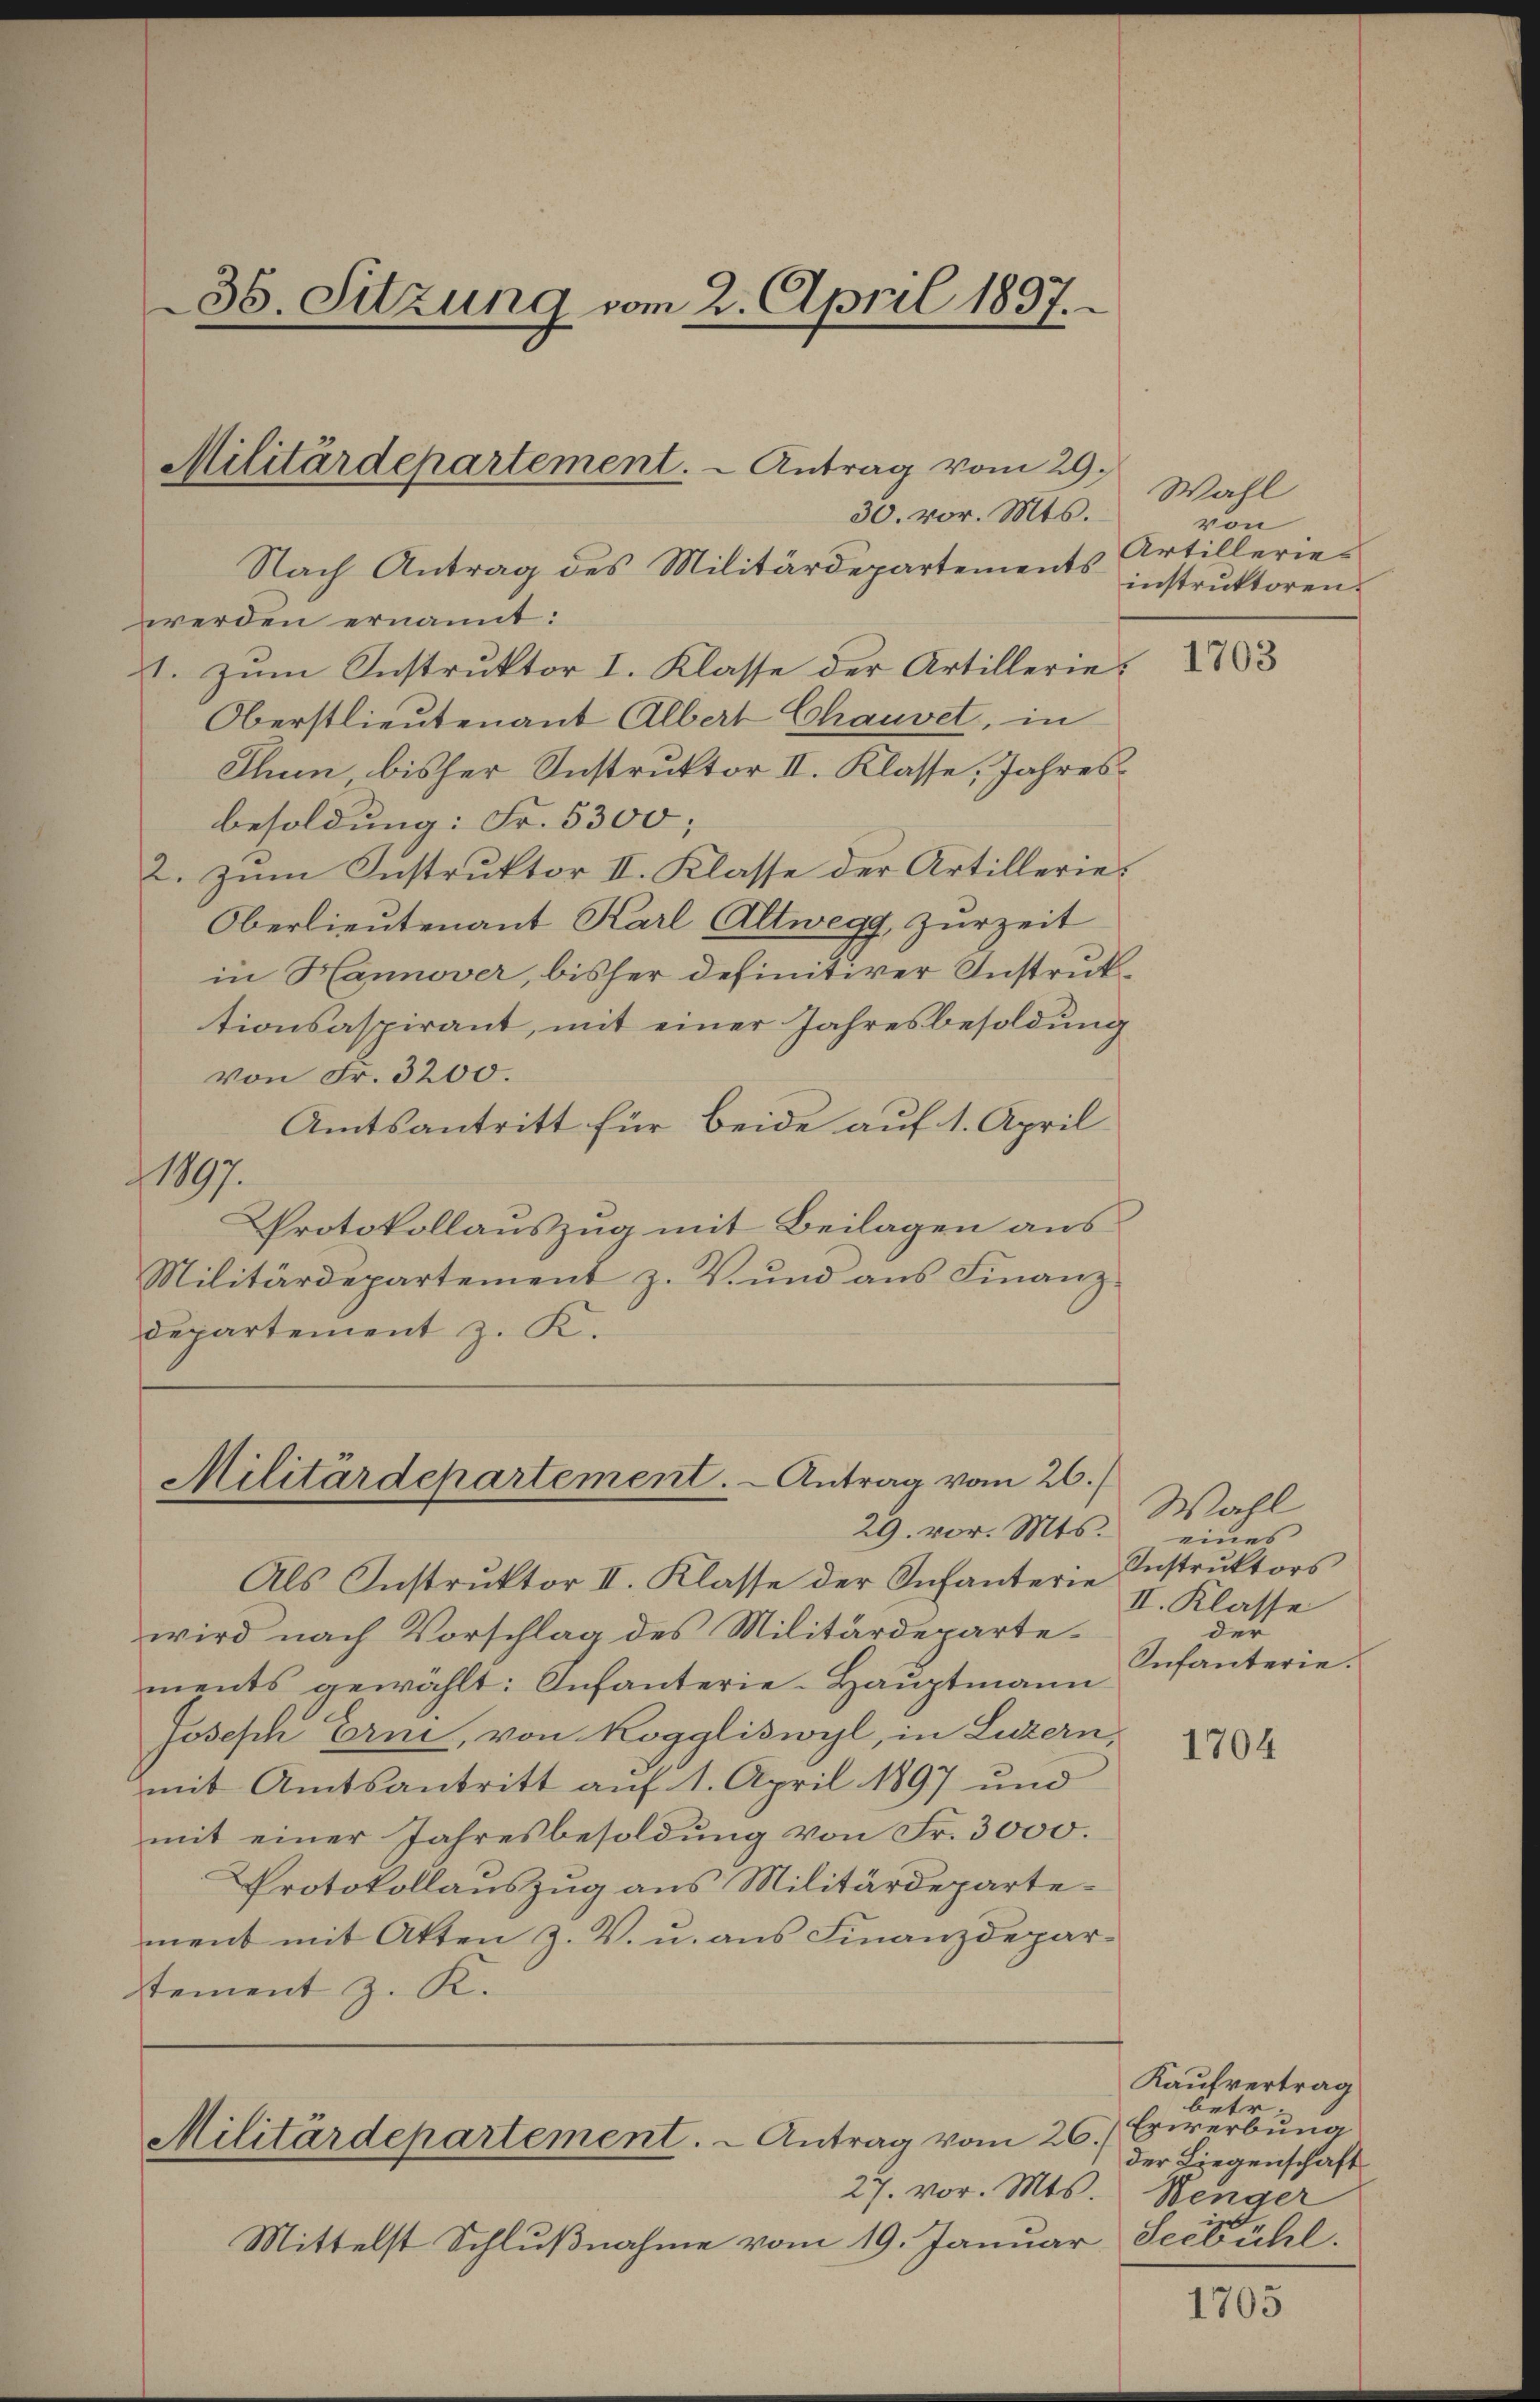
36. Sitzung vom 2. April 1837.

Militärdepartement. - Antrag vom 29.

30. vor. Mts.
Nach Antrag des Militärdepartements instrŭktoren
werden ernannt:
1. zum Instruktor I. Klasse der Artillerie¬
Oberstlieutenant Albert Chauvet, in
Thun bisher Instruktor II. Klasse, Jahresbesoldung: Fr. 5300;
2. zum Instruktor II. Klasse der Artillerie,
Oberlieutenant Karl Altwegg, Zurzeit
in Hannover, bisher definitiver Instruktionsaspirant, mit einer Jahresbesoldung
von Fr. 3200.
Amtsantritt für beide auf 1. April
1897.
Protokollauszug mit Beilagen aus
Militärdepartement z. V. und aus Finanzdepartement z. K.

Militärdepartement. - Antrag vom 26.

29. vor. Mts.
Als Instrŭktor II. Klasse der Infanterie Instrŭktors
wird nach Vorschlag des Militärdepartements gewählt: Infanterie-Hauptmann
Joseph Erni, von Roggliswyl, in Luzern,
mit Amtsantritt auf 1. April 1897 und
mit einer Jahresbesoldung von Fr. 3000.
Protokollauszug aus Militärdepartement mit Akten z. V. u. aus Finanzdeparstement z. K.

Militärdepartement. - Antrag vom 26.

Wahl
von
Artillerie-
1703

27. vor. Mts. Wenger
Mittelst Schlußnahme vom 19. Januar Seele ehel.

Wahl
eines
II. Klasse
der
Infanterie.

1704

Kaufvertrag
betr.
Erwerbung
der Liegenschaft

1705